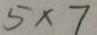
5 \times 7